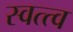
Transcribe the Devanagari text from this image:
स्वत्त्व